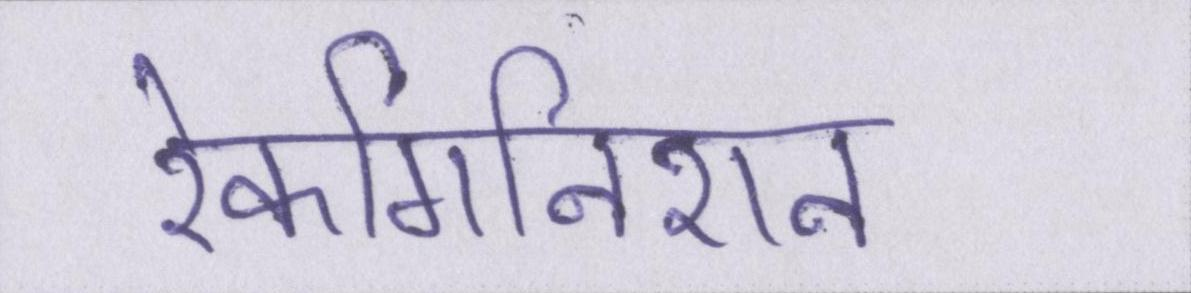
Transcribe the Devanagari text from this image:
रेकगिनिशन